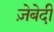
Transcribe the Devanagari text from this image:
ज़ेबेदी